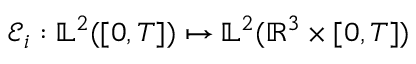
\mathcal { E } _ { i } : \mathbb { L } ^ { 2 } ( [ 0 , T ] ) \mapsto \mathbb { L } ^ { 2 } ( \mathbb { R } ^ { 3 } \times [ 0 , T ] )